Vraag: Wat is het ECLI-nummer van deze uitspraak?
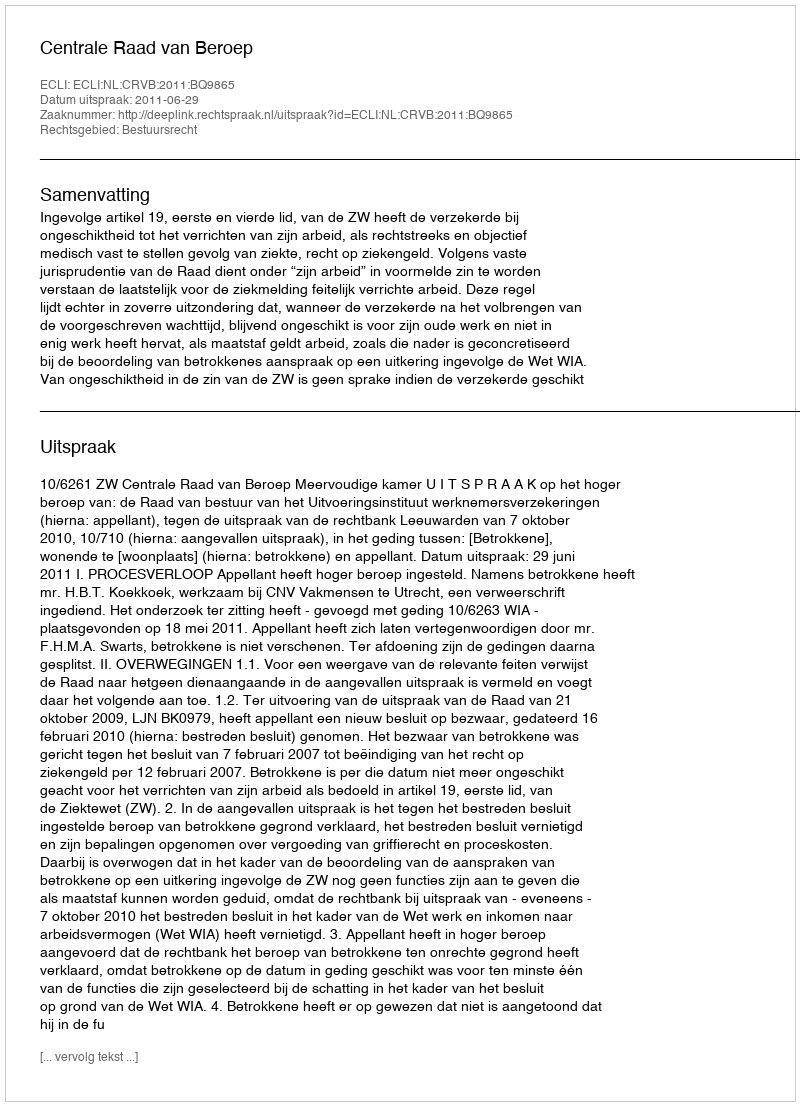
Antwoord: ECLI:NL:CRVB:2011:BQ9865